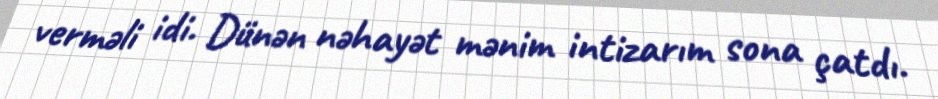
verməli idi. Dünən nəhayət mənim intizarım sona çatdı.